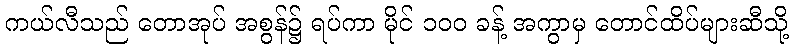
ကယ်လီသည် တောအုပ် အစွန်၌ ရပ်ကာ မိုင် ၁၀၀ ခန့် အကွာမှ တောင်ထိပ်များဆီသို့